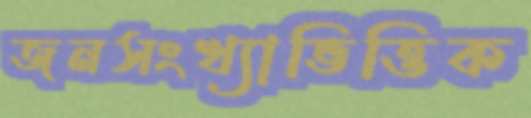
জনসংখ্যাভিত্তিক